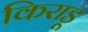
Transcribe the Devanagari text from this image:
किराडू